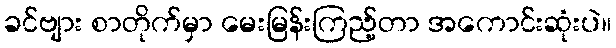
ခင်ဗျား စာတိုက်မှာ မေးမြန်းကြည့်တာ အကောင်းဆုံးပဲ။